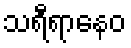
သရီရာနေဝ